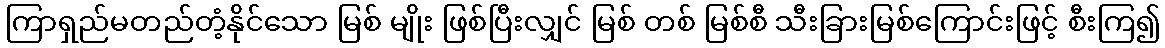
ကြာရှည်မတည်တံ့နိုင်သော မြစ် မျိုး ဖြစ်ပြီးလျှင် မြစ် တစ် မြစ်စီ သီးခြားမြစ်ကြောင်းဖြင့် စီးကြ၍